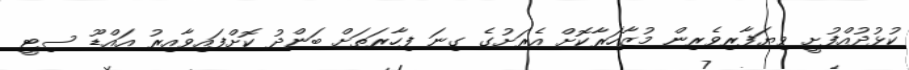
ކުޅުދުއްފުށީ ވިޔަފާރިވެރިން މުޒާހަރާކޮށް އެރަށުގެ ގިނަ ފިހާރަތަށް ބަންދު ކޮށްފައިވާއިރު އައްޑޫ ސިޓީ